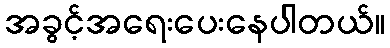
အခွင့်အရေးပေးနေပါတယ်။